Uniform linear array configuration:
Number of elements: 8
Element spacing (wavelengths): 0.5
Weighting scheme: hamming
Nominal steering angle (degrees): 15
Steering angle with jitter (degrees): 15.437
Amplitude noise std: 0.05
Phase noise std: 0.05

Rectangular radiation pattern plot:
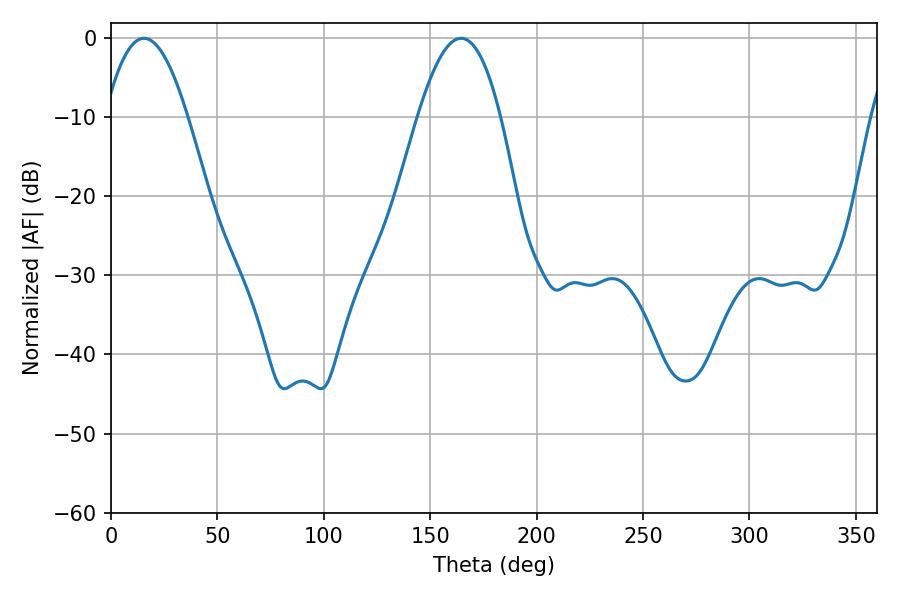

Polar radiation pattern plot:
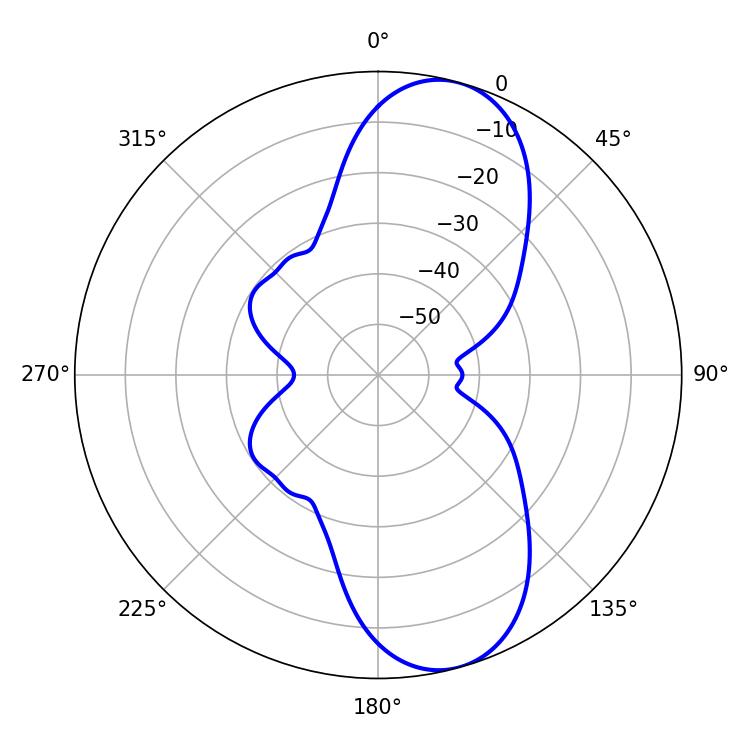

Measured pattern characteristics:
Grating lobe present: FALSE
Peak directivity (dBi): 9.584
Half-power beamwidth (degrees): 21.24
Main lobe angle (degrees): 15.48